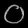
Digit: ၀